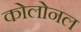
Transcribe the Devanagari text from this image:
कोलोनल